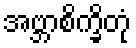
အဗ္ဘာစိက္ခိတုံ